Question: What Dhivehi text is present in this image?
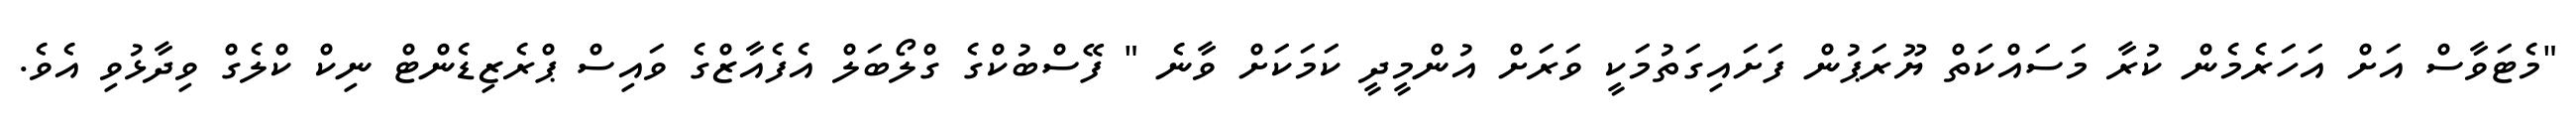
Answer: "މެޓަވާސް އަށް އަހަރެމެން ކުރާ މަސައްކަތް ޔޫރަޕުން ފަށައިގަތުމަކީ ވަރަށް އުންމީދީ ކަމަކަށް ވާނެ " ފޭސްބުކްގެ ގްލޯބަލް އެފެއާޒްގެ ވައިސް ޕްރެޒިޑެންޓް ނިކް ކްލެގް ވިދާޅުވި އެވެ.